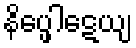
နိပ္ဖေါဋေယျ